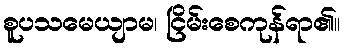
စူပသမေယျာမ၊ ငြိမ်းစေကုန်ရာ၏။